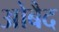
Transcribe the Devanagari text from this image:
ओबैद